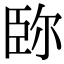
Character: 䑐